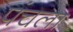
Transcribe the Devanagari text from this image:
पंचला